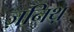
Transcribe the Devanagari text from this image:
ज़निथ़